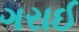
ગરાઈ